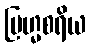
ဗြဟ္မစရိယ